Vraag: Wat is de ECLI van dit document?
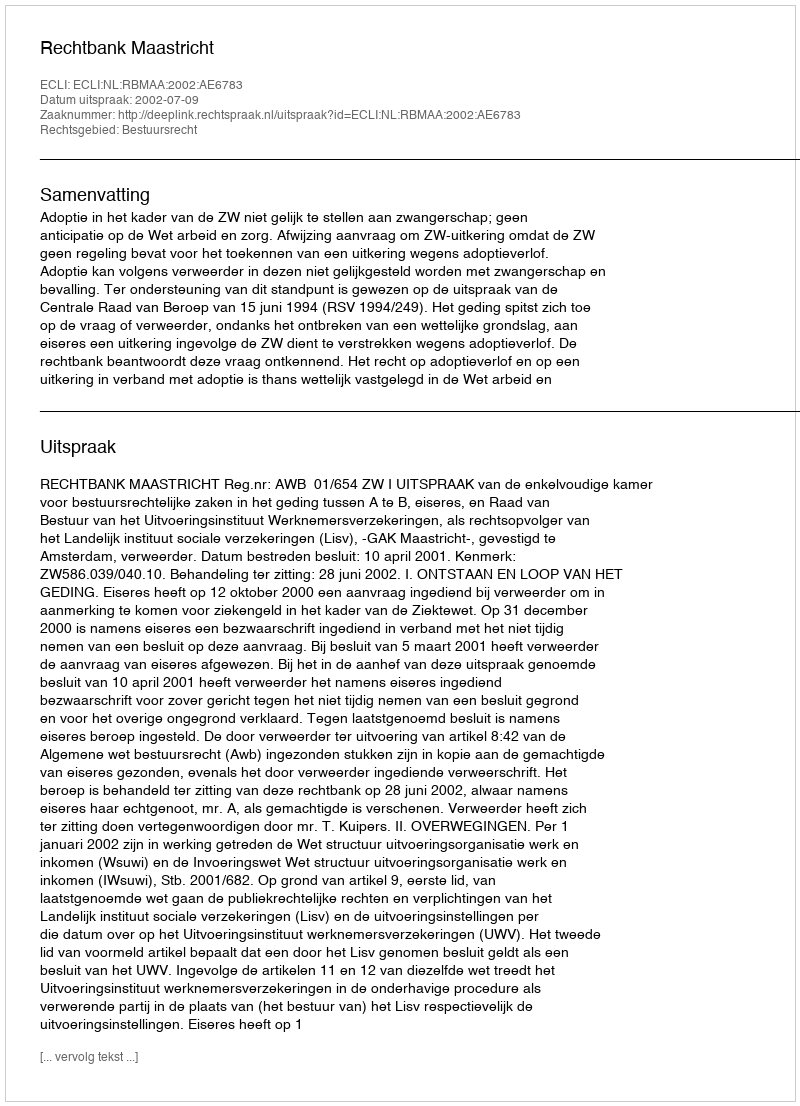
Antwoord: ECLI:NL:RBMAA:2002:AE6783